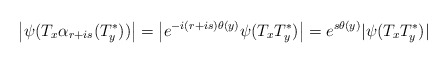
\begin{align*}\big|\psi(T_x\alpha_{r+is}(T_y^*))\big|=\big| e^{-i(r+is)\theta(y)}\psi(T_xT_y^*)\big|=e^{s\theta(y)}|\psi(T_xT_y^*)|\end{align*}